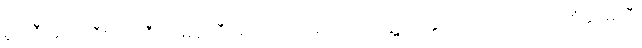
မှူးကြီးမတ်ကြီး သံကြီးတမန်ကြီးများကို လာရောက်တွေ့ကြုံ နှုတ်ဆက်သည် ထုံးစံနှင့်မညီ၊